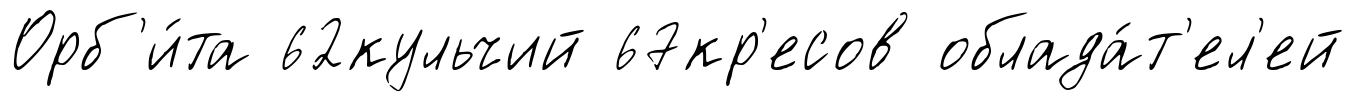
Орб'и́та 62кульчий 67кр'есов облада́т'ел'ей